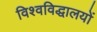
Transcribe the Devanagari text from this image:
विश्वविद्धालयों